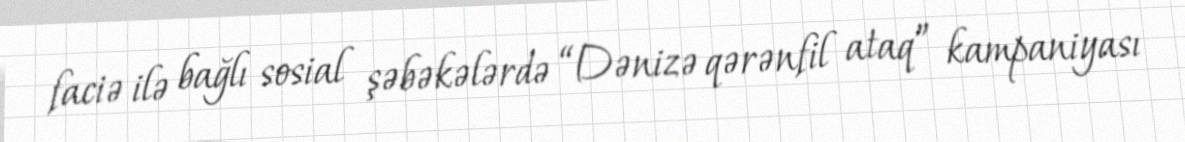
faciə ilə bağlı sosial şəbəkələrdə “Dənizə qərənfil ataq” kampaniyası